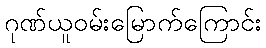
ဂုဏ်ယူဝမ်းမြောက်ကြောင်း